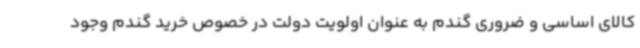
کالای اساسی و ضروری گندم به عنوان اولویت دولت در خصوص خرید گندم وجود